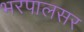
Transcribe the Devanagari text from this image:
भरपालसर